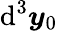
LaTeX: \mathrm{d}^{3}\boldsymbol{y}_{0}